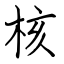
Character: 核